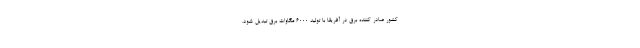
کشور صادر کننده برق در آفریقا با تولید ۶۰۰۰ مگاوات برق تبدیل شود.